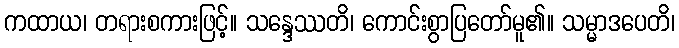
ကထာယ၊ တရားစကားဖြင့်။ သန္ဒေဿတိ၊ ကောင်းစွာပြတော်မူ၏။ သမ္မာဒပေတိ၊